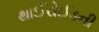
થાઈરોઈડની